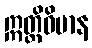
ဣတ္ထိဝိမာန